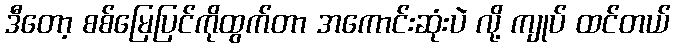
ဒီတော့ စစ်မြေပြင်ကိုထွက်တာ အကောင်းဆုံးပဲ လို့ ကျုပ် ထင်တယ်